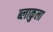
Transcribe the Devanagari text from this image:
ब्लाकुला